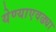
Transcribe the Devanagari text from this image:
येण्याएवढ्या